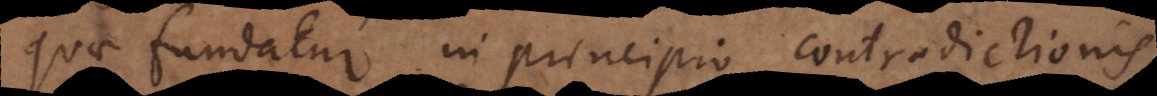
quae fundatur in principio contradictionis,